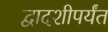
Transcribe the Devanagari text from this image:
द्वादशीपर्यंत